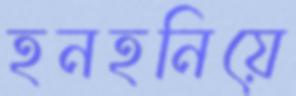
হনহনিয়ে